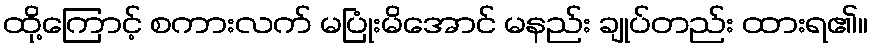
ထို့ကြောင့် စကားလက် မပြုံးမိအောင် မနည်း ချုပ်တည်း ထားရ၏။